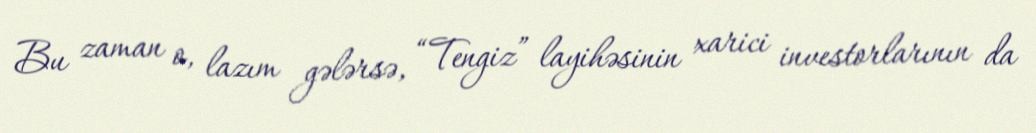
Bu zaman o, lazım gələrsə, “Tengiz” layihəsinin xarici investorlarının da